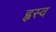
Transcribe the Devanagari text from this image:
ह्वस्व